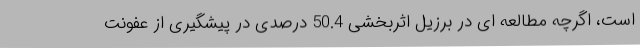
است، اگرچه مطالعه ای در برزیل اثربخشی 50.4 درصدی در پیشگیری از عفونت